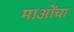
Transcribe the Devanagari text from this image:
माओंचा